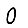
Digit: 0